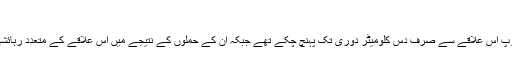
‘‘
یکم نومبر تک جہادی گروپ اس علاقے سے صرف دس کلومیٹر دوری تک پہنچ چکے تھے جبکہ ان کے حملوں کے نتیجے میں اس علاقے کے متعدد رہائشی ہلاک بھی ہو چکے ہیں۔